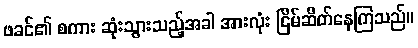
ဖခင်၏ စကား ဆုံးသွားသည့်အခါ အားလုံး ငြိမ်ဆိတ်နေကြသည်။